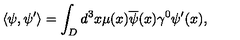
\left< \psi , \psi ^ { \prime } \right> = \int _ { D } d ^ { 3 } x \mu ( x ) \overline { { \psi } } ( x ) \gamma ^ { 0 } \psi ^ { \prime } ( x ) ,